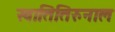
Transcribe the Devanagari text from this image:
स्वातितिरुनाल